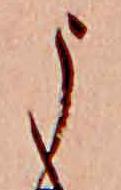
う